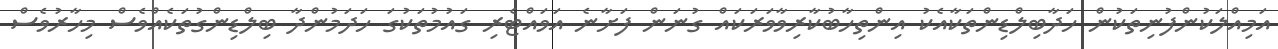
އަމިއްލަކުންފުނިތަކުން ހަދާބިލްޑިންތަކާއެކު އިންތިހާބުކާރިވާވަރަކައް ގުނަން ފަށާނެ އަވައްޓެރި ގައުމުތަކުގަ ހަދަމުންދާ ބިލްޑިންގުތަކެއްވެސް މިހާރުވެސް